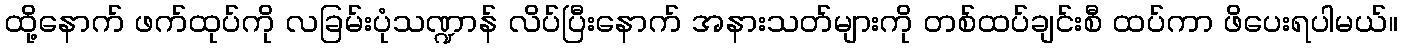
ထို့နောက် ဖက်ထုပ်ကို လခြမ်းပုံသဏ္ဍာန် လိပ်ပြီးနောက် အနားသတ်များကို တစ်ထပ်ချင်းစီ ထပ်ကာ ဖိပေးရပါမယ်။